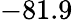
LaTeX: -81.9